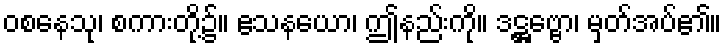
ဝစနေသု၊ စကားတို့၌။ ဧသနယော၊ ဤနည်းကို။ ဒဋ္ဌဗ္ဗော၊ မှတ်အပ်၏။